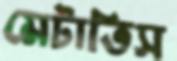
মেটাতিস